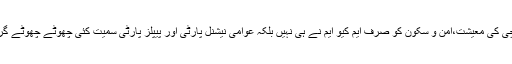
اس میں کوئی دو رائے نہیں کہ کراچی کی معیشت،امن و سکون کو صرف ایم کیو ایم نے ہی نہیں بلکہ عوامی نیشنل پارٹی اور پیپلز پارٹی سمیت کئی چھوٹے چھوٹے گروپوں نے مل جل کر نقصان پہنچایا۔